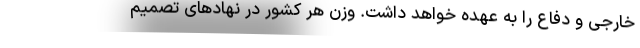
خارجی و دفاع را به عهده خواهد داشت. وزن هر کشور در نهادهای تصمیم